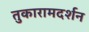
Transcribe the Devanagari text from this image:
तुकारामदर्शन